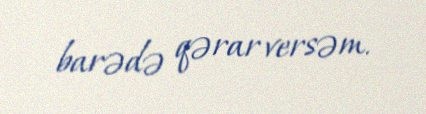
barədə qərar versəm.